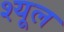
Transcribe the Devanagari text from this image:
श्यूल